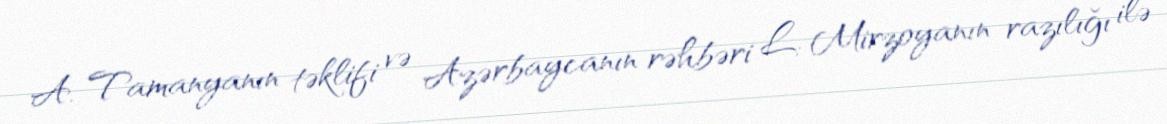
A. Tamanyanın təklifi və Azərbaycanın rəhbəri L. Mirzoyanın razılığı ilə